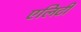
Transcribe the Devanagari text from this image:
एलिटी